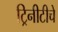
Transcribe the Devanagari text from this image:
ट्रिनीटीचे